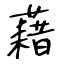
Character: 藉